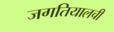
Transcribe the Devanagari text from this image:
जगतियालची